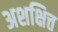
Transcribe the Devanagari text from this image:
अशक्षित्त